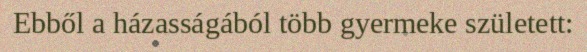
Ebből a házasságából több gyermeke született: